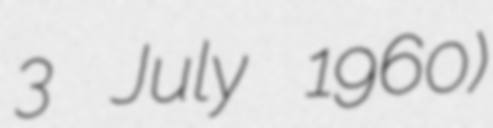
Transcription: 3 July 1960)